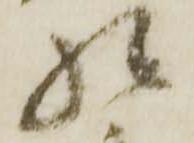
様